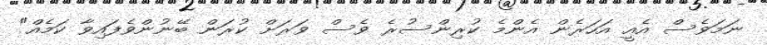
ނަމަވެސް އެއީ އަހަރެން އެންމެ ކުރިންސުރެ ވެސް ވަރަށް ކުރަން ބޭނުންވެފައިވާ ކަމެއް"